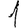
Digit: 1